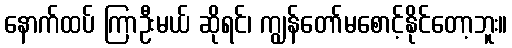
နောက်ထပ် ကြာဦးမယ် ဆိုရင်၊ ကျွန်တော်မစောင့်နိုင်တော့ဘူး။